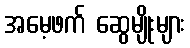
အမေ့ဖက် ဆွေမျိုးများ